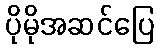
ပိုမိုအဆင်ပြေ